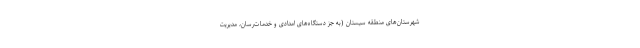
شهرستان‌های منطقه سیستان (به جز دستگاه‌های امدادی و خدمات‌رسان، مدیریت